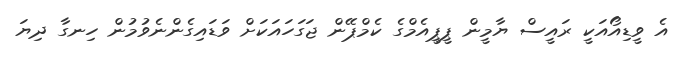
އެ ވީޑިއޯއަކީ ރައީސް ޔާމީން ޕީޕީއެމްގެ ކެމްޕޭން ޖަގަހައަކަށް ވަޑައިގެންނެވުމުން ހިނގާ ދިޔަ